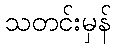
သတင်းမှန်